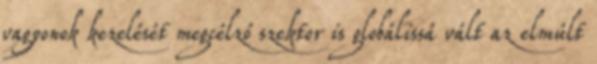
vagyonok kezelését megcélzó szektor is globálissá vált az elmúlt